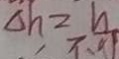
\Delta h = h